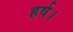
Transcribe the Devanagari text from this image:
हर्ष।